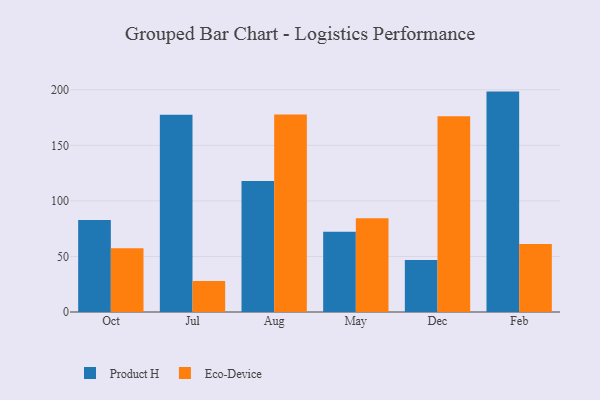
{"axis": {"x": "Month", "y": "Active Users"}, "legend": ["Eco-Device", "Product H"], "data": [{"x": "Oct", "y": 82.8, "type": "Product H"}, {"x": "Oct", "y": 57.3, "type": "Eco-Device"}, {"x": "Jul", "y": 177.6, "type": "Product H"}, {"x": "Jul", "y": 27.9, "type": "Eco-Device"}, {"x": "Aug", "y": 118.0, "type": "Product H"}, {"x": "Aug", "y": 177.8, "type": "Eco-Device"}, {"x": "May", "y": 72.2, "type": "Product H"}, {"x": "May", "y": 84.4, "type": "Eco-Device"}, {"x": "Dec", "y": 46.7, "type": "Product H"}, {"x": "Dec", "y": 176.1, "type": "Eco-Device"}, {"x": "Feb", "y": 198.4, "type": "Product H"}, {"x": "Feb", "y": 61.2, "type": "Eco-Device"}]}